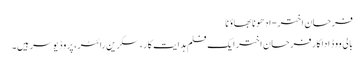
فرحان اختر-ادھونا بھاؤنا
بالی ووڈ اداکارفرحان اختر ایک فلم ہدایت کار، سکرین رائٹر، پروڈ یوسر ہیں۔